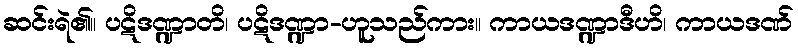
ဆင်းရဲ၏။ ပဋိဒဏ္ဍာတိ၊ ပဋိဒဏ္ဍာ-ဟူသည်ကား။ ကာယဒဏ္ဍာဒီဟိ၊ ကာယဒဏ်